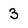
Character: 3